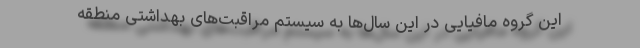
این گروه مافیایی در این سال‌ها به سیستم مراقبت‌های بهداشتی منطقه